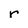
Character: r